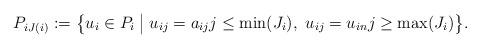
LaTeX: \begin{align*}P_{iJ(i)} : = \bigl\{u_i \in P_i \bigm|u_{ij} = a_{ij} j \leq \min(J_i),\ u_{ij} = u_{in} j \geq \max(J_i)\bigr\}.\end{align*}